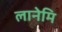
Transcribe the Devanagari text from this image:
लानेमि